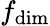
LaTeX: f_{\mathrm{dim}}